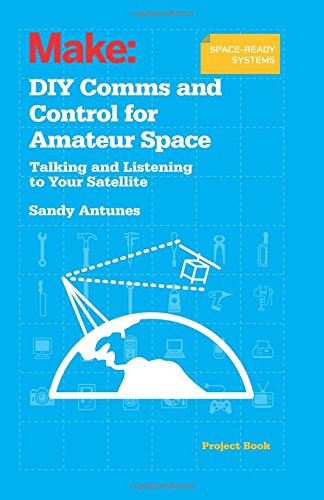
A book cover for DIY Comms and Control for Amateur Space: Talking and Listening to Your Satellite; Sandy Antunes; Crafts, Hobbies & Home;